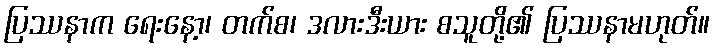
ပြဿနာက ရေးနော့၊ တက်စ၊ ဒလားဒီးယား စသူတို့၏ ပြဿနာမဟုတ်။